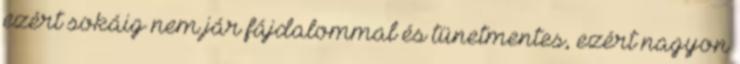
ezért sokáig nem jár fájdalommal és tünetmentes, ezért nagyon